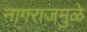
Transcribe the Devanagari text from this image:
नागराजमुळे